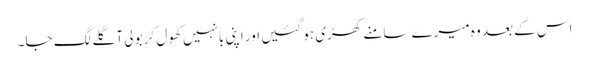
اس کے بعد وہ میرے سامنے کھڑی ہو گئیں اور اپنی بانہیں کھول کر بولی آ گلے لگ جا۔